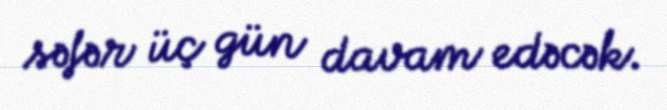
səfər üç gün davam edəcək.